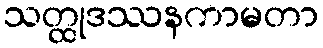
သတ္ထုဒဿနကာမတာ